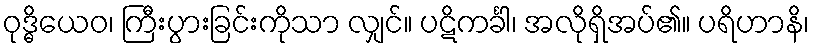
ဝုဒ္ဓိယေဝ၊ ကြီးပွားခြင်းကိုသာ လျှင်။ ပဋိကင်္ခါ၊ အလိုရှိအပ်၏။ ပရိဟာနိ၊